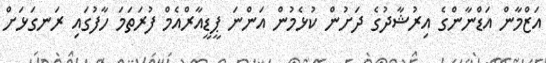
އަޒްމާން އަޑްނާންގެ އިރުޝާދުގެ ދަށުން ކުޅެމުން އަންނަ ޕީޑީއާރްއެމް ފުރަތަމަ ހާފުގައި ރަނގަޅަށް